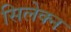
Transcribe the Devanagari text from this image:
सिलेक्न